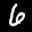
Label: 6